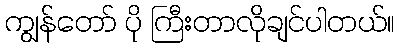
ကျွန်တော် ပို ကြီးတာလိုချင်ပါတယ်။